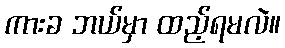
ကားခ ဘယ်မှာ ထည့်ရမလဲ။